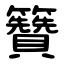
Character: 籫